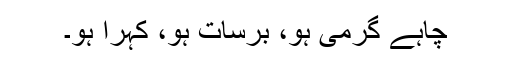
چاہے گرمی ہو، برسات ہو، کہرا ہو۔